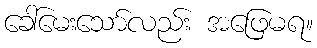
ခေါ်မေးသော်လည်း အဖြေမရ။